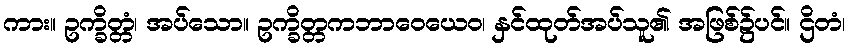
ကား။ ဥက္ခိတ္တံ၊ အပ်သော။ ဥက္ခိတ္တကဘာဝေယေဝ၊ နှင်ထုတ်အပ်သူ၏ အဖြစ်၌ပင်။ ဌိတံ၊